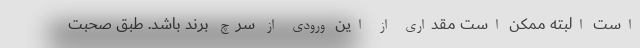
است البته ممکن است مقداری از این ورودی از سرچ برند باشد. طبق صحبت